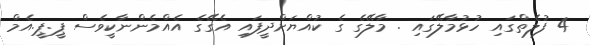
4 ފުލެތްގައި ހުޅުމާލޭގައި . މާލޭގެ ގެ ކުއްޔަށްދީފައި އެގޭގެ އެއްމެންނާކީވެސް ޕީ.ޕީ.އެމް